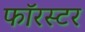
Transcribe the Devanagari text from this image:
फॉरस्टर